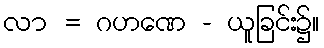
လာ = ဂဟဏေ - ယူခြင်း၌။